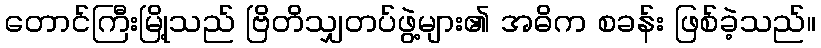
တောင်ကြီးမြို့သည် ဗြိတိသျှတပ်ဖွဲ့များ၏ အဓိက စခန်း ဖြစ်ခဲ့သည်။